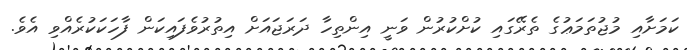
ކަމަށާއި މުޖުތަމަޢުގެ ތެރޭގައި ކުށްކުރުން ވަނީ އިންތިހާ ދަރަޖައަށް އިތުރުވެފައިކަން ފާހަކަކުރެއްވި އެވެ.